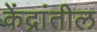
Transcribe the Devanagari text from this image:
केंद्रांतील